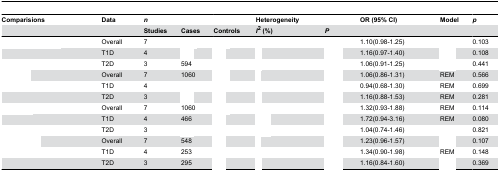
<table><thead><tr><td><b>Comparisions</b></td><td><b>Data</b></td><td><b><i>n</i></b></td><td>[EMPTY_CELL]</td><td>[EMPTY_CELL]</td><td><b>Heterogeneity</b></td><td>[EMPTY_CELL]</td><td><b>OR (95% CI)</b></td><td><b>Model</b></td><td><b><i>p</i></b></td></tr><tr><td>[EMPTY_CELL]</td><td>[EMPTY_CELL]</td><td><b>Studies</b></td><td><b>Cases</b></td><td><b>Controls</b></td><td><b><i>I</i><sup>2</sup> (%)</b></td><td><b><i>P</i></b></td><td>[EMPTY_CELL]</td><td>[EMPTY_CELL]</td><td>[EMPTY_CELL]</td></tr></thead><tbody><tr><td>[EMPTY_CELL]</td><td>Overall</td><td>7</td><td>[EMPTY_CELL]</td><td>[EMPTY_CELL]</td><td>[EMPTY_CELL]</td><td>[EMPTY_CELL]</td><td>1.10(0.98-1.25)</td><td>[EMPTY_CELL]</td><td>0.103</td></tr><tr><td>[EMPTY_CELL]</td><td>T1D</td><td>4</td><td>[EMPTY_CELL]</td><td>[EMPTY_CELL]</td><td>[EMPTY_CELL]</td><td>[EMPTY_CELL]</td><td>1.16(0.97-1.40)</td><td>[EMPTY_CELL]</td><td>0.108</td></tr><tr><td>[EMPTY_CELL]</td><td>T2D</td><td>3</td><td>594</td><td>[EMPTY_CELL]</td><td>[EMPTY_CELL]</td><td>[EMPTY_CELL]</td><td>1.06(0.91-1.25)</td><td>[EMPTY_CELL]</td><td>0.441</td></tr><tr><td>[EMPTY_CELL]</td><td>Overall</td><td>7</td><td>1060</td><td>[EMPTY_CELL]</td><td>[EMPTY_CELL]</td><td>[EMPTY_CELL]</td><td>1.06(0.86-1.31)</td><td>REM</td><td>0.566</td></tr><tr><td>[EMPTY_CELL]</td><td>T1D</td><td>4</td><td>[EMPTY_CELL]</td><td>[EMPTY_CELL]</td><td>[EMPTY_CELL]</td><td>[EMPTY_CELL]</td><td>0.94(0.68-1.30)</td><td>REM</td><td>0.699</td></tr><tr><td>[EMPTY_CELL]</td><td>T2D</td><td>3</td><td>[EMPTY_CELL]</td><td>[EMPTY_CELL]</td><td>[EMPTY_CELL]</td><td>[EMPTY_CELL]</td><td>1.16(0.88-1.53)</td><td>REM</td><td>0.281</td></tr><tr><td>[EMPTY_CELL]</td><td>Overall</td><td>7</td><td>1060</td><td>[EMPTY_CELL]</td><td>[EMPTY_CELL]</td><td>[EMPTY_CELL]</td><td>1.32(0.93-1.88)</td><td>REM</td><td>0.114</td></tr><tr><td>[EMPTY_CELL]</td><td>T1D</td><td>4</td><td>466</td><td>[EMPTY_CELL]</td><td>[EMPTY_CELL]</td><td>[EMPTY_CELL]</td><td>1.72(0.94-3.16)</td><td>REM</td><td>0.080</td></tr><tr><td>[EMPTY_CELL]</td><td>T2D</td><td>3</td><td>[EMPTY_CELL]</td><td>[EMPTY_CELL]</td><td>[EMPTY_CELL]</td><td>[EMPTY_CELL]</td><td>1.04(0.74-1.46)</td><td>[EMPTY_CELL]</td><td>0.821</td></tr><tr><td>[EMPTY_CELL]</td><td>Overall</td><td>7</td><td>548</td><td>[EMPTY_CELL]</td><td>[EMPTY_CELL]</td><td>[EMPTY_CELL]</td><td>1.23(0.96-1.57)</td><td>[EMPTY_CELL]</td><td>0.107</td></tr><tr><td>[EMPTY_CELL]</td><td>T1D</td><td>4</td><td>253</td><td>[EMPTY_CELL]</td><td>[EMPTY_CELL]</td><td>[EMPTY_CELL]</td><td>1.34(0.90-1.98)</td><td>REM</td><td>0.148</td></tr><tr><td>[EMPTY_CELL]</td><td>T2D</td><td>3</td><td>295</td><td>[EMPTY_CELL]</td><td>[EMPTY_CELL]</td><td>[EMPTY_CELL]</td><td>1.16(0.84-1.60)</td><td>[EMPTY_CELL]</td><td>0.369</td></tr></tbody></table>